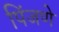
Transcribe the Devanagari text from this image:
पिंजणे